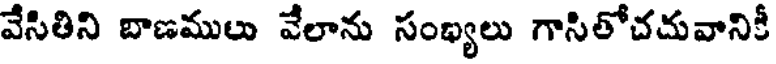
వేసితిని బాణములు వేలాను సంఖ్యలు గాసితోచదువానికీ